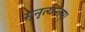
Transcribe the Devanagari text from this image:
सुनृत्यन्तम्‌।